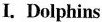
I. Dolphins